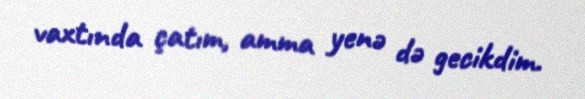
vaxtında çatım, amma yenə də gecikdim.